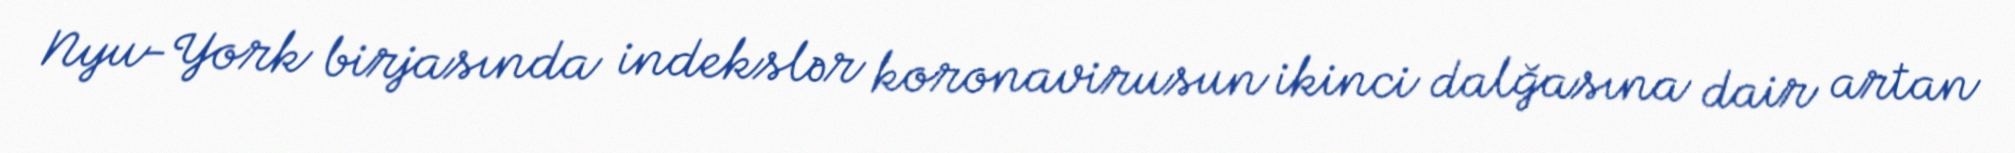
Nyu-York birjasında indekslər koronavirusun ikinci dalğasına dair artan